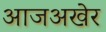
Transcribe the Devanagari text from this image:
आजअखेर